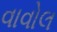
વાવોલ